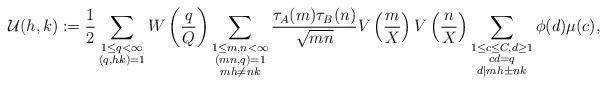
LaTeX: \begin{align*}\mathcal{U}(h,k):= \frac{1}{2}\sum_{\substack{1\leq q<\infty \\ (q,hk)=1}} W\left( \frac{q}{Q}\right) \sum_{\substack{1\leq m,n<\infty \\ (mn,q)=1\\ mh\neq nk}} \frac{\tau_A(m) \tau_B(n) }{\sqrt{mn}} V\left( \frac{m}{X} \right) V\left( \frac{n}{X} \right) \sum_{\substack{1\leq c\leq C, d \geq 1 \\ cd=q \\ d|mh\pm nk}}\phi(d)\mu(c),\end{align*}